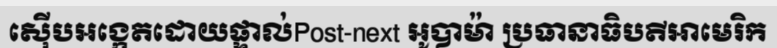
ស៊ើបអង្កេតដោយផ្ទាល់Post-next អូបាម៉ា ប្រធានាធិបតីអាមេរិក